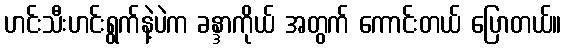
ဟင်းသီးဟင်းရွက်နဲ့ပဲက ခန္ဒာကိုယ် အတွက် ကောင်းတယ် ပြောတယ်။